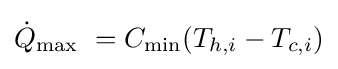
{\dot {Q}}_{\mathrm {max} }\ =C_{\mathrm {min} }(T_{h,i}-T_{c,i})